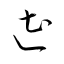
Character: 遭